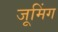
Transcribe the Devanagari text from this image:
जूमिंग